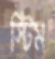
স্টিম